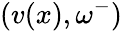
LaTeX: (v(x),\omega^{-})